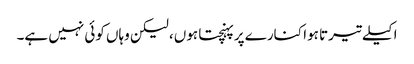
اکیلے تیرتا ہوا کنارے پر پہنچتا ہوں، لیکن وہاں کوئی نہیں ہے۔